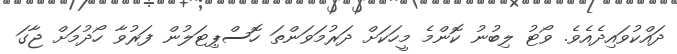
ދައްކުވައިދެއެވެ. ވޯޓު ލިބުނު ކޮންމެ މީހަކަށް ދަރުމަވަންތަ ހޮސްޕިޓަލުން ފަރުވާ ހޯދުމަށް ޖާގަ